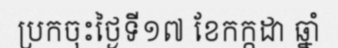
ប្រកចុះថ្ងៃទី១៧ ខែកក្កដា ឆ្នាំ